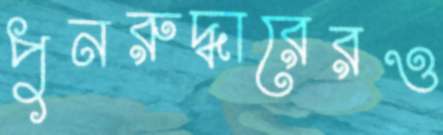
পুনরুদ্ধারেরও